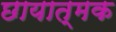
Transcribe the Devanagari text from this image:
छायात्मक